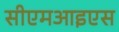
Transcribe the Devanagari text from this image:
सीएमआइएस